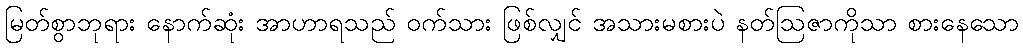
မြတ်စွာဘုရား နောက်ဆုံး အာဟာရသည် ဝက်သား ဖြစ်လျှင် အသားမစားပဲ နတ်ဩဇာကိုသာ စားနေသော